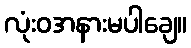
လုံးဝအနားမပါချေ။